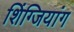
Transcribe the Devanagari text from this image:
शिंग्जियांग